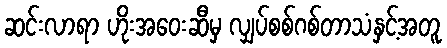
ဆင်းလာရာ ဟိုးအဝေးဆီမှ လျှပ်စစ်ဂစ်တာသံနှင့်အတူ